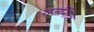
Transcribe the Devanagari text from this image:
राजनीिति